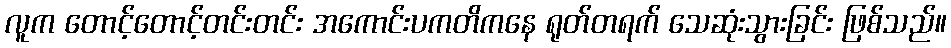
လူက တောင့်တောင့်တင်းတင်း အကောင်းပကတိကနေ ရုတ်တရက် သေဆုံးသွားခြင်း ဖြစ်သည်။